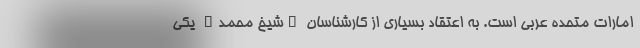
امارات متحده عربی است. به اعتقاد بسیاری از کارشناسان "شیخ محمد" یکی